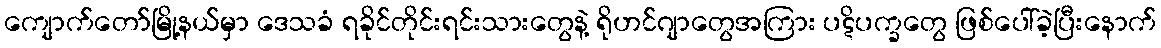
ကျောက်တော်မြို့နယ်မှာ ဒေသခံ ရခိုင်တိုင်းရင်းသားတွေနဲ့ ရိုဟင်ဂျာတွေအကြား ပဋိပက္ခတွေ ဖြစ်ပေါ်ခဲ့ပြီးနောက်